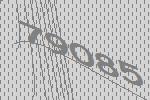
79085